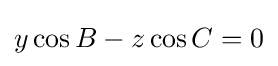
y\cos B-z\cos C=0